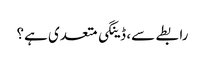
رابطے سے، ڈینگی متعدی ہے؟